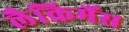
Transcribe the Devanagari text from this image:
लैक्रिमैंस